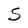
Character: S